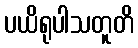
ပယိရုပါသတူတိ